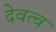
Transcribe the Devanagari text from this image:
देवत्‍व